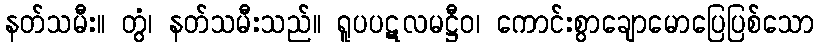
နတ်သမီး။ တွံ၊ နတ်သမီးသည်။ ရူပပဋလမဋ္ဌီဝ၊ ကောင်းစွာချောမောပြေပြစ်သော